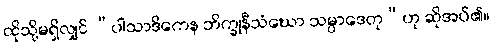
ထိုသို့မရှိလျှင် “ပါသာဒိကေန ဘိက္ခုနီသံဃော သမ္ပာဒေတု”ဟု ဆိုအပ်၏။